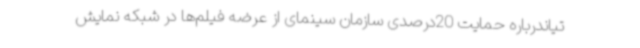
تیاندرباره حمایت 20درصدی سازمان سینمای از عرضه فیلم‌ها در شبکه نمایش